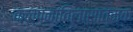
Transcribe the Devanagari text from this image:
कल्पनाविलासात्मक